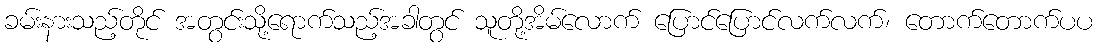
ခမ်းနားသည့်တိုင် အတွင်းသို့ရောက်သည့်အခါတွင် သူတို့အိမ်လောက် ပြောင်ပြောင်လက်လက်၊ တောက်တောက်ပပ